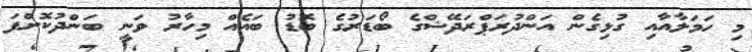
މި ހަމަލާއާއި ގުޅިގެން އަންދުރަޕްރަދޭޝްގެ ބޯޑަރުގެ ބޮޑު ބައެއް މިހާރު ވަނީ ބަންދުކޮށްފަ